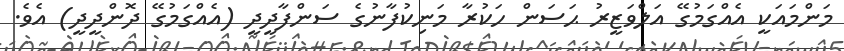
މަންމައަކީ އެއްގަމުގޭ އަލްވަޒީރު ޙަސަން ހަކުރާ މަނިކުފާނުގެ ސަންފާދީދީ (އެއްގަމުގޭ ދޮންދީދީ) އެވެ.